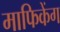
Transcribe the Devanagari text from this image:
माफिकेंग